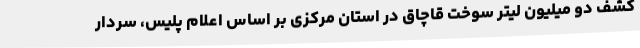
کشف دو میلیون لیتر سوخت قاچاق در استان مرکزی بر اساس اعلام پلیس، سردار